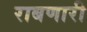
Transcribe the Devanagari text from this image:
राबणारी